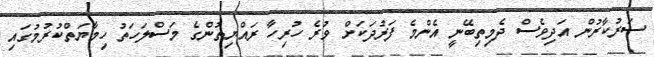
ސަރުކާރުން އަދިވެސް ދެމިތިބޭނީ އެންމެ ފަރުދަކަށް ވުރެ ހުރިހާ ރައްޔިތުންގެ މަސްލަހަތު ހިމާޔަތްކުރުމުގައި